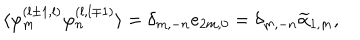
\langle \varphi _ { m } ^ { ( l \pm 1 , l ) } \varphi _ { n } ^ { ( l , l \mp 1 ) } \rangle = \delta _ { m , - n } e _ { 2 m , 0 } = \delta _ { m , - n } \widetilde { \alpha } _ { 1 , m } ,